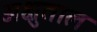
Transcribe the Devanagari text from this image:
अक्षुताल